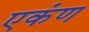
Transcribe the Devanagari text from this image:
एकंण